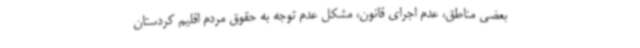
بعضی مناطق، عدم اجرای قانون، مشکل عدم توجه به حقوق مردم اقلیم کردستان